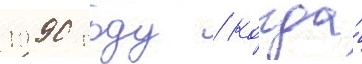
1990 году / когда́